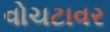
વોચટાવર